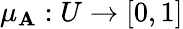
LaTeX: \mu_{\mathbf{A}}:U\to[0,1]